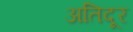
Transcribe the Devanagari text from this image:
अतिदूर